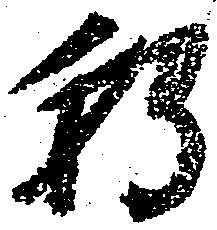
朝